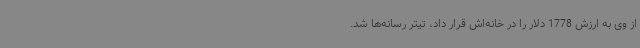
از وی به ارزش 1778 دلار را در خانه‌اش قرار داد، تیتر رسانه‌ها شد.